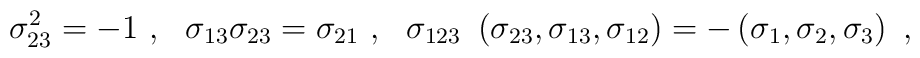
\sigma_{23}^2 = -1~,~~\sigma_{13} \sigma_{23}=\sigma_{21}~,~~\sigma_{123} ~ \left( \sigma_{23}, \sigma_{13}, \sigma_{12} \right)= - \left( \sigma_{1}, \sigma_{2}, \sigma_{3} \right)~,